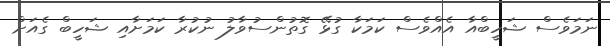
ނަމަވެސް ޝަހީބްއާ އެއްވެސް ކަމަކާ ގުޅޭ ގޮތުންސުވާލު ނުކުރާ ކަމަށާއި ޝަހީބް ގެއަށް